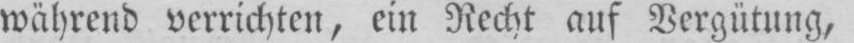
während verrichten, ein Recht auf Vergütung,